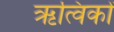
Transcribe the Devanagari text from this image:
ऋत्विकों